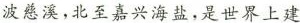
波慈溪，北至嘉兴海盐，是世界上建